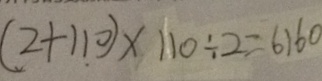
( 2 + 1 1 0 ) \times 1 1 0 \div 2 = 6 1 6 0